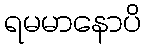
ရမမာနောပိ